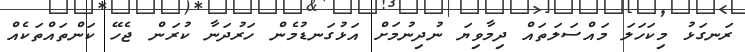
ރަނގަޅު މިކަހަލަ މައްސަލަތައް ދިމާވިޔަ ނުދިނުމަށް އަޅުގަނޑުމެން ހަރުދަނާ ކުރަން ޖެހޭ ކަންތައްތަކެއް